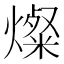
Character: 燦